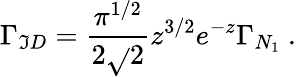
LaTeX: \Gamma_{\mathfrak{I}D}=\frac{{\pi^{1/2}}}{{2\sqrt{}{{2}}}}z^{3/2}e^{-z}\Gamma_{N_{1}}\ .